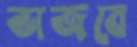
ভাজবে